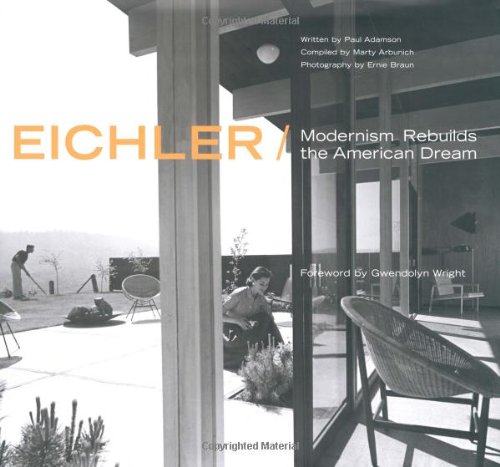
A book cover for Eichler: Modernism Rebuilds the American Dream; Paul Adamson; Engineering & Transportation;